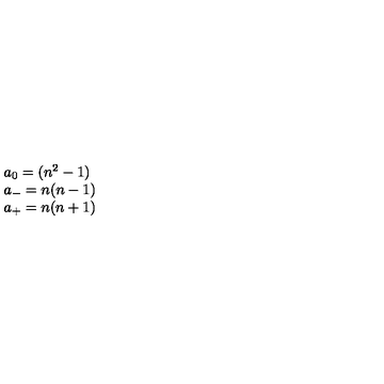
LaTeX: \begin{array} { l c r } { a _ { 0 } = ( { n ^ { 2 } } - 1 ) } \\ { a _ { - } = n ( n - 1 ) } \\ { a _ { + } = n ( n + 1 ) } \\ \end{array}